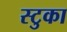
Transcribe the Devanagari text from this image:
स्टुका